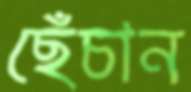
ছেঁচান